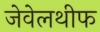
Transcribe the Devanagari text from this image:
जेवेलथीफ